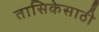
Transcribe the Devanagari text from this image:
तासिकेसाठी